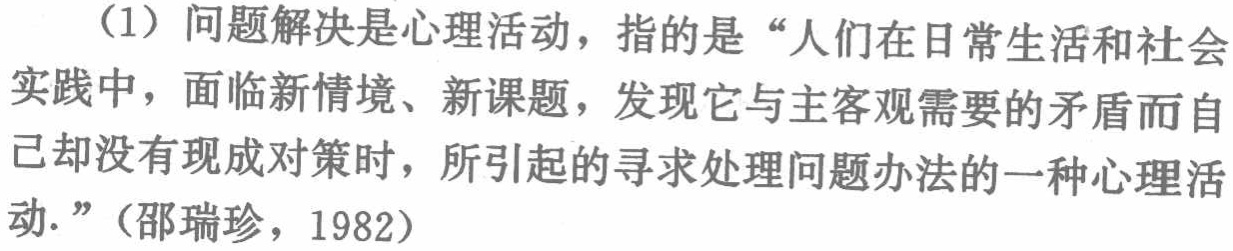
（1）问题解决是心理活动，指的是“人们在日常生活和社会实践中，面临新情境、新课题，发现它与主客观需要的矛盾而自己却没有现成对策时，所引起的寻求处理问题办法的一种心理活动.”（邵瑞珍，1982）